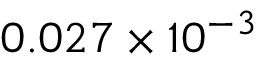
0 . 0 2 7 \times 1 0 ^ { - 3 }